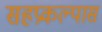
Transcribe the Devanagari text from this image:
सहप्रकल्पास